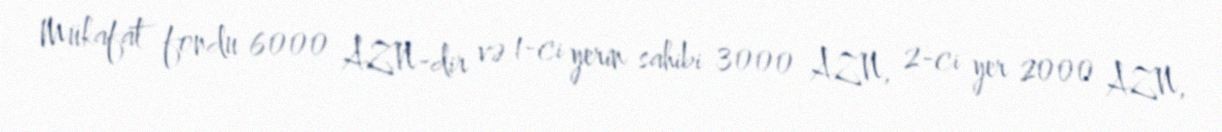
Mükafat fondu 6000 AZN-dir və 1-ci yerin sahibi 3000 AZN, 2-ci yer 2000 AZN,